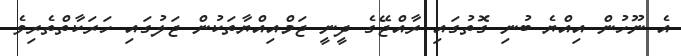
އެ ނޫހުން އިއްޔެ ބުނި ގޮތުގައި ރާއްޖޭގެ ދީނީ ޖަމްއިއްޔާތަކުން ޖަލުގައި ހަރަކާތްތެރިވެ